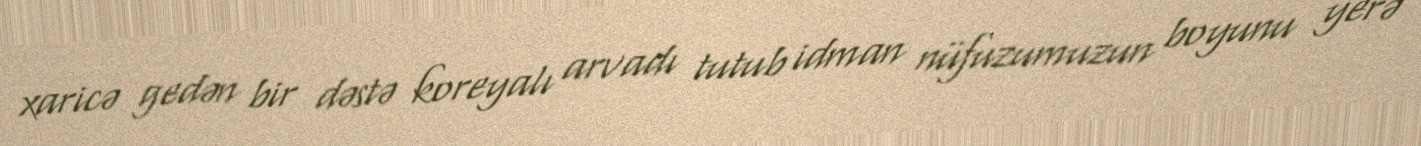
xaricə gedən bir dəstə koreyalı arvadı tutub idman nüfuzumuzun boyunu yerə